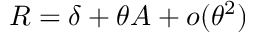
R = \delta + \theta A + o ( \theta ^ { 2 } )